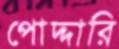
পোদ্দারি